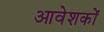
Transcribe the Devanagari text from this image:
आवेशकों